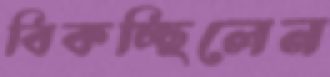
বিকচ্ছিলেন